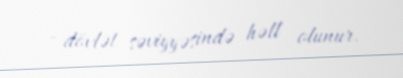
- dövlət səviyyəsində həll olunur.